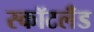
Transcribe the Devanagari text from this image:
स्कॉटलॅंड